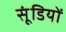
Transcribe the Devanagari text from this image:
सूंडियों